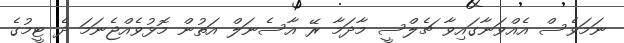
ނަމަވެސް އެއްވަނާގައިވާ ޗެލްސީ މާދަމާ ރޭ އާސެނަލް އަތުން މޮޅުވެއްޖެނަމަ ދެ ޓީމުގެ